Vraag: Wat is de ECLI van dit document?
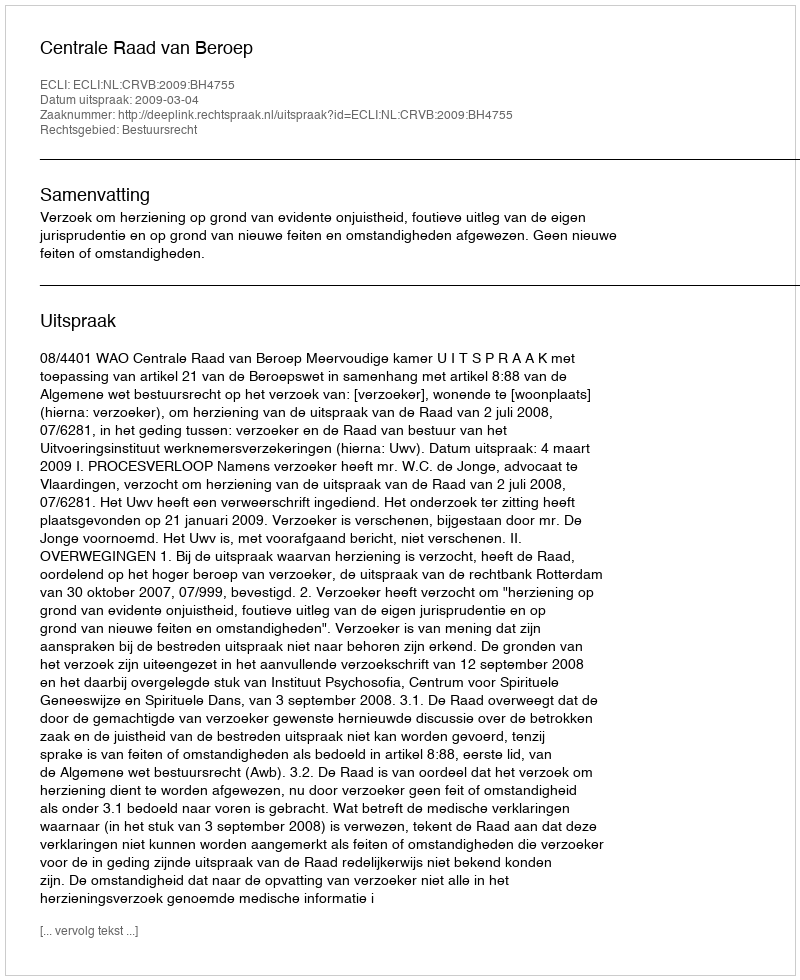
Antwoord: ECLI:NL:CRVB:2009:BH4755